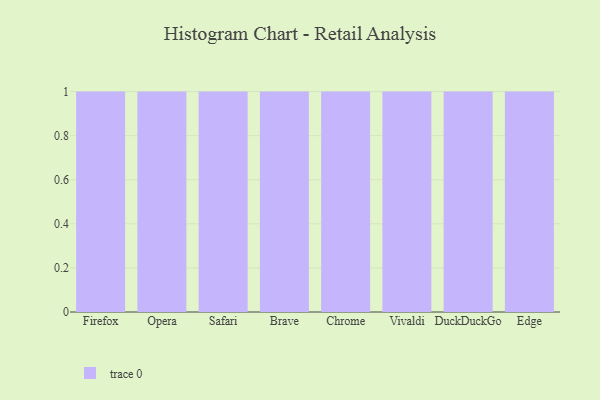
{"axis": {"x": "Browser", "y": "Satisfaction Score"}, "legend": [""], "data": [{"x": "Firefox", "y": 79, "type": ""}, {"x": "Opera", "y": 54, "type": ""}, {"x": "Safari", "y": 32, "type": ""}, {"x": "Brave", "y": 59, "type": ""}, {"x": "Chrome", "y": 78, "type": ""}, {"x": "Vivaldi", "y": 82, "type": ""}, {"x": "DuckDuckGo", "y": 1, "type": ""}, {"x": "Edge", "y": 51, "type": ""}]}